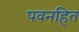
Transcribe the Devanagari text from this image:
पवनहित